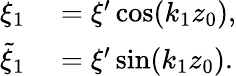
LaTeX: \begin{array}{rl}{\xi_{1}}&{{}=\xi^{\prime}\cos(k_{1}z_{0}),}\\ {\tilde{\xi}_{1}}&{{}=\xi^{\prime}\sin(k_{1}z_{0}).}\end{array}